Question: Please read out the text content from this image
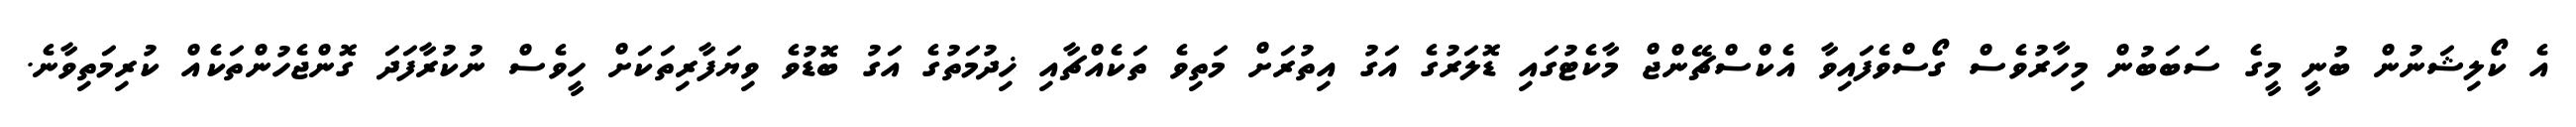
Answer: އެ ކޯލިޝަނުން ބުނީ މީގެ ސަބަބުން މިހާރުވެސް ގޯސްވެފައިވާ އެކްސްޗޭންޖް މާކެޓުގައި ޑޮލަރުގެ އަގު އިތުރަށް މަތިވެ ތަކެއްޗާއި ޚިދުމަތުގެ އަގު ބޮޑުވެ ވިޔަފާރިތަކަށް ހީވެސް ނުކުރާފަދަ ގޮންޖެހުންތަކެއް ކުރިމަތިވާނެ.